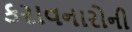
કરાવનારોની